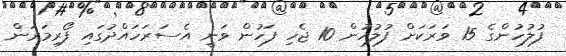
ފުލުހުންގެ 15 ވަރަކަށް ފުލުހުން 10 ޖެހި ފަހުން ވަނީ އެސަރަހައްދުގައި ފޯރިމަރަން